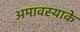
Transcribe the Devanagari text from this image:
अमावस्याके